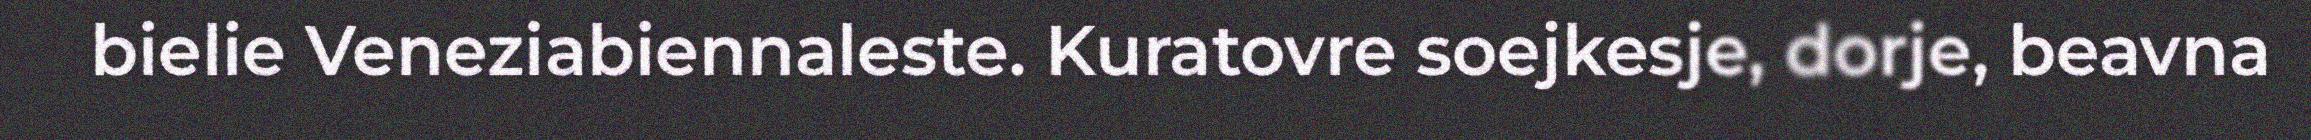
bielie Veneziabiennaleste. Kuratovre soejkesje, dorje, beavna